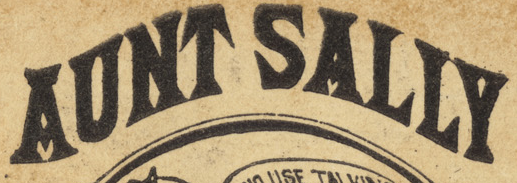
AUNT SALLY